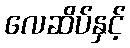
လေဆိပ်နှင့်